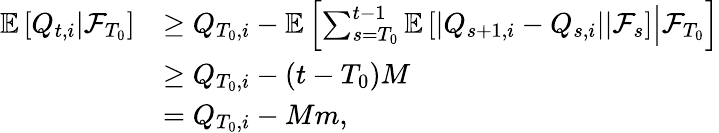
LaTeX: \begin{array}{rl}{\mathbb E\left[\left.Q_{t,i}\right\rvert\mathcal F_{T_{0}}\right]}&{\ge Q_{T_{0},i}-\mathbb E\left[\left.\sum_{s=T_{0}}^{t-1}\mathbb E\left[\left.\left\lvert Q_{s+1,i}-Q_{s,i}\right\rvert\right\rvert\mathcal F_{s}\right]\right\rvert\mathcal F_{T_{0}}\right]}\\ &{\ge Q_{T_{0},i}-(t-T_{0})M}\\ &{=Q_{T_{0},i}-Mm,}\end{array}